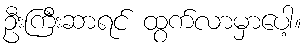
ဦးကြီးဆာရင် ထွက်လာမှာပေါ့။